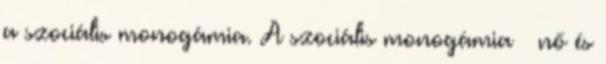
a szociális monogámia. A szociális monogámia – nő és